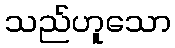
သည်ဟူသော